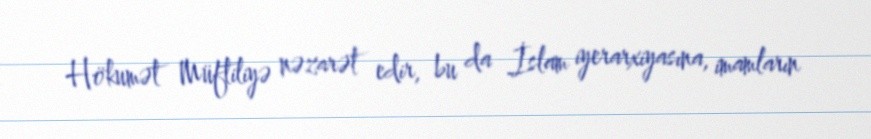
Hökumət Müftiliyə nəzarət edir, bu da İslam iyerarxiyasına, imamların